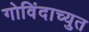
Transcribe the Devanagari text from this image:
गोविंदाच्युत